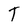
Character: T